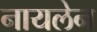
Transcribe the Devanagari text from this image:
नायलेन